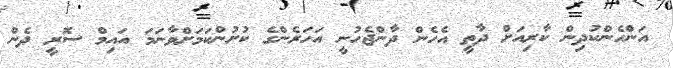
އަންހެންކުދިން ކާރިއަށް ދާތީ އެހެން ދާންޖެހުނީ އަހަރެންގެ ކުށުންކަމަށްވާނަމަ އައިމް ސޮރީ ދެން